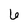
Character: 6